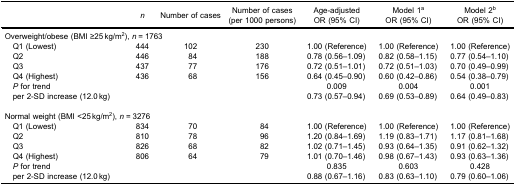
|  | n | Number of cases | Number of cases(per 1000 persons) | Age-adjustedOR (95% CI) | Model 1aOR (95% CI) | Model 2bOR (95% CI) |
 | --- | --- | --- | --- | --- | --- | --- |
 | <COLSPAN=7> Overweight/obese (BMI ≥25 kg/m2), n = 1763 |
 | Q1 (Lowest) | 444 | 102 | 230 | 1.00 (Reference) | 1.00 (Reference) | 1.00 (Reference) |
 | Q2 | 446 | 84 | 188 | 0.78 (0.56–1.09) | 0.82 (0.58–1.15) | 0.77 (0.54–1.10) |
 | Q3 | 437 | 77 | 176 | 0.72 (0.51–1.01) | 0.72 (0.51–1.03) | 0.70 (0.49–0.99) |
 | Q4 (Highest) | 436 | 68 | 156 | 0.64 (0.45–0.90) | 0.60 (0.42–0.86) | 0.54 (0.38–0.79) |
 | P for trend |  |  |  | 0.009 | 0.004 | 0.001 |
 | per 2-SD increase (12.0 kg) |  |  |  | 0.73 (0.57–0.94) | 0.69 (0.53–0.89) | 0.64 (0.49–0.83) |
 | <COLSPAN=7> Normal weight (BMI <25 kg/m2), n = 3276 |
 | Q1 (Lowest) | 834 | 70 | 84 | 1.00 (Reference) | 1.00 (Reference) | 1.00 (Reference) |
 | Q2 | 810 | 78 | 96 | 1.20 (0.84–1.69) | 1.19 (0.83–1.71) | 1.17 (0.81–1.68) |
 | Q3 | 826 | 68 | 82 | 1.02 (0.71–1.45) | 0.93 (0.64–1.35) | 0.91 (0.62–1.32) |
 | Q4 (Highest) | 806 | 64 | 79 | 1.01 (0.70–1.46) | 0.98 (0.67–1.43) | 0.93 (0.63–1.36) |
 | P for trend |  |  |  | 0.835 | 0.603 | 0.428 |
 | per 2-SD increase (12.0 kg) |  |  |  | 0.88 (0.67–1.16) | 0.83 (0.63–1.10) | 0.79 (0.60–1.06) |